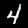
Label: 4